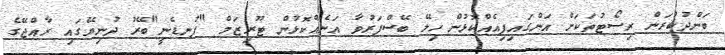
ބަންދުކުރަން ރިސޯޓުތަކަށް އަންގައިފިއެއްކޮޅުން ހިލޭ ބޭސްފަރުވާ އަނެއްކޮޅުން ޓޫރިޒަމް "ފުނޑެނީ"ބޭރު ދުނިޔޭގައި ރާއްޖޭގެ